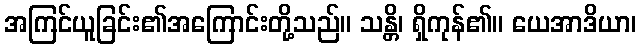
အကြင်ယူခြင်း၏အကြောင်းတို့သည်။ သန္တိ၊ ရှိကုန်၏။ ယေအာဒိယာ၊